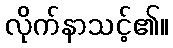
လိုက်နာသင့်၏။